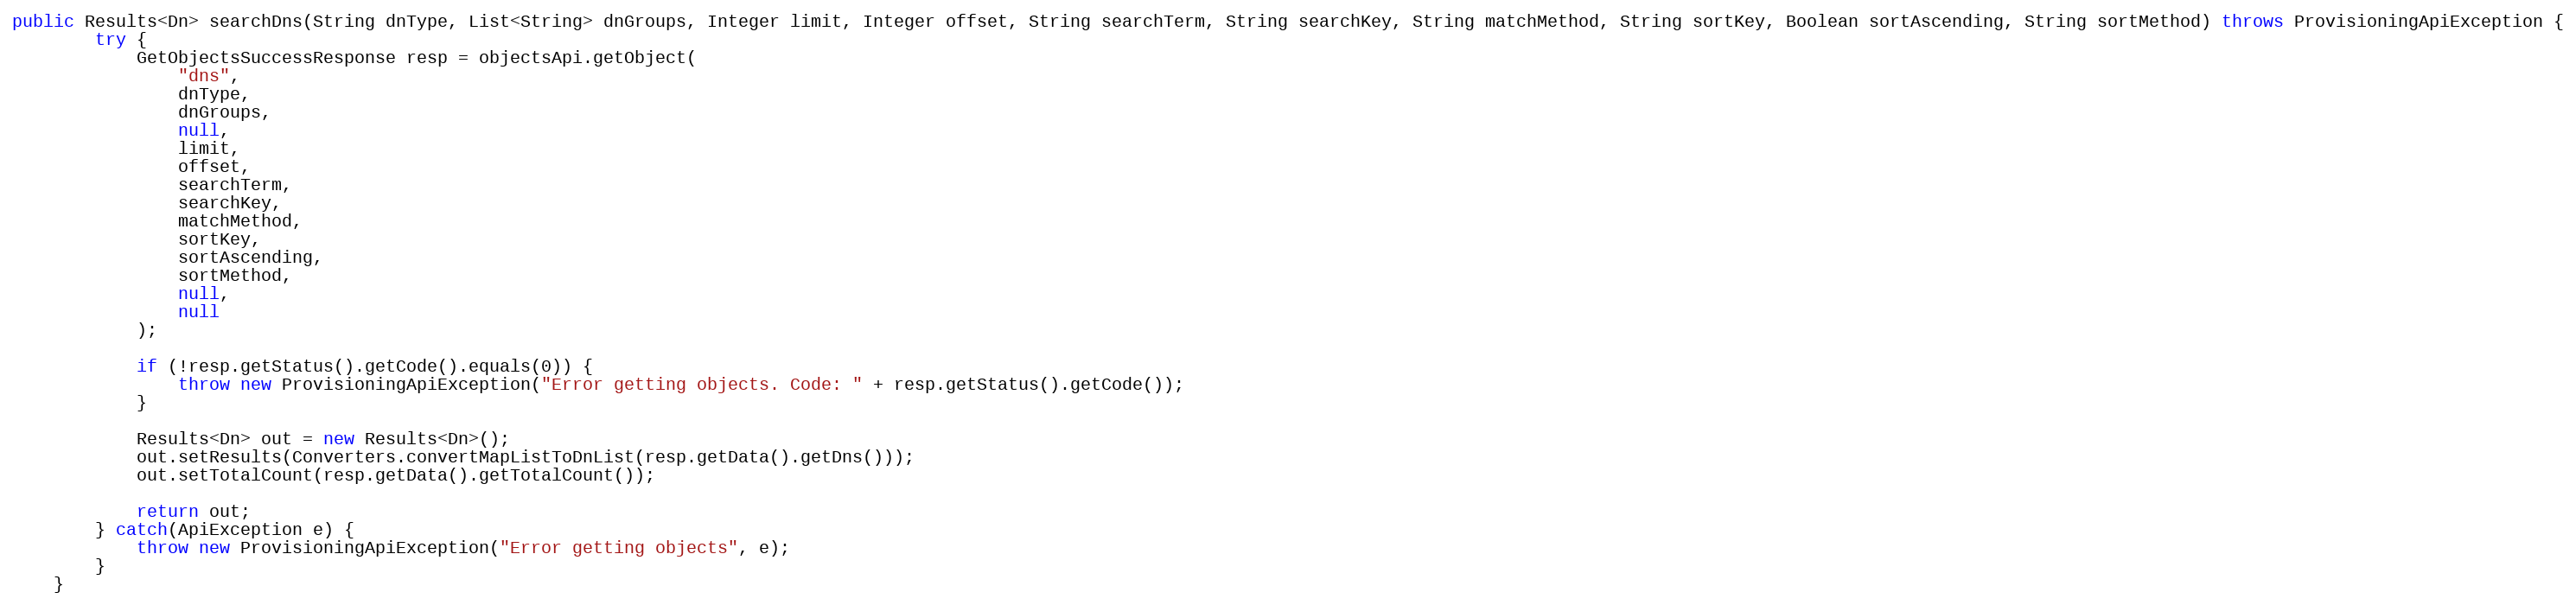
Language: Java
public Results<Dn> searchDns(String dnType, List<String> dnGroups, Integer limit, Integer offset, String searchTerm, String searchKey, String matchMethod, String sortKey, Boolean sortAscending, String sortMethod) throws ProvisioningApiException {
		try {
			GetObjectsSuccessResponse resp = objectsApi.getObject(
				"dns",
				dnType,
				dnGroups,
				null,
				limit,
				offset,
				searchTerm,
				searchKey,
				matchMethod,
				sortKey,
				sortAscending,
				sortMethod,
				null,
				null
			);

			if (!resp.getStatus().getCode().equals(0)) {
				throw new ProvisioningApiException("Error getting objects. Code: " + resp.getStatus().getCode());
			}

			Results<Dn> out = new Results<Dn>();
			out.setResults(Converters.convertMapListToDnList(resp.getData().getDns()));
			out.setTotalCount(resp.getData().getTotalCount());

			return out;
        } catch(ApiException e) {
        	throw new ProvisioningApiException("Error getting objects", e);
        }
	}